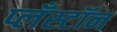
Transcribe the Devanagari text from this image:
प्लँस्टॉन